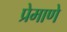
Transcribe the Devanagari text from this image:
प्रेमाणे